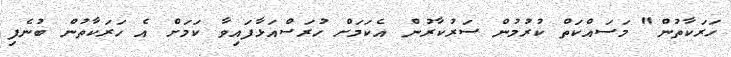
ހަރަކާތުން" މަސައްކަތް ކުރުމުން ސަރުކާރުން އެކަމަށް ހުރަސްއަޅާފައިވާ ކަމަށް އެ ހަރަކާތުން ބުނެފި